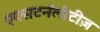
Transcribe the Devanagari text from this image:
एक्सटर्नलीटीज़